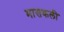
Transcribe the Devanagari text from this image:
मासकली